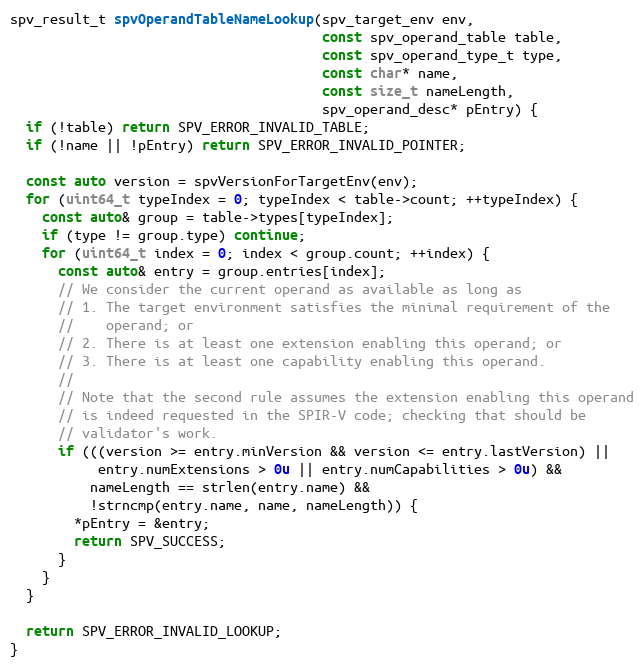
Language: C++
spv_result_t spvOperandTableNameLookup(spv_target_env env,
                                       const spv_operand_table table,
                                       const spv_operand_type_t type,
                                       const char* name,
                                       const size_t nameLength,
                                       spv_operand_desc* pEntry) {
  if (!table) return SPV_ERROR_INVALID_TABLE;
  if (!name || !pEntry) return SPV_ERROR_INVALID_POINTER;

  const auto version = spvVersionForTargetEnv(env);
  for (uint64_t typeIndex = 0; typeIndex < table->count; ++typeIndex) {
    const auto& group = table->types[typeIndex];
    if (type != group.type) continue;
    for (uint64_t index = 0; index < group.count; ++index) {
      const auto& entry = group.entries[index];
      // We consider the current operand as available as long as
      // 1. The target environment satisfies the minimal requirement of the
      //    operand; or
      // 2. There is at least one extension enabling this operand; or
      // 3. There is at least one capability enabling this operand.
      //
      // Note that the second rule assumes the extension enabling this operand
      // is indeed requested in the SPIR-V code; checking that should be
      // validator's work.
      if (((version >= entry.minVersion && version <= entry.lastVersion) ||
           entry.numExtensions > 0u || entry.numCapabilities > 0u) &&
          nameLength == strlen(entry.name) &&
          !strncmp(entry.name, name, nameLength)) {
        *pEntry = &entry;
        return SPV_SUCCESS;
      }
    }
  }

  return SPV_ERROR_INVALID_LOOKUP;
}